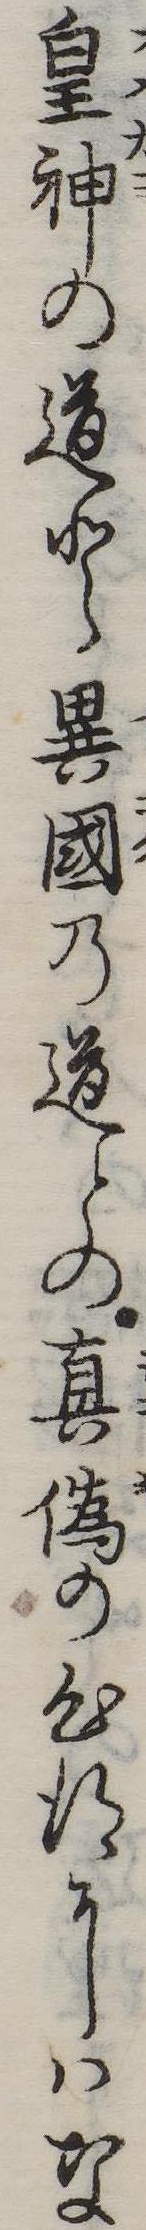
皇神の道と異国の道との真偽の心得にはな